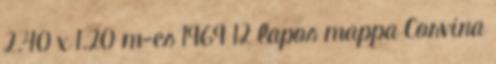
2.40 x 1.20 m-es 1969 12 lapos mappa Corvina